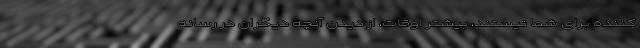
‌کننده برای شما نیستند، بیشتر اوقات، از دیدن آنچه دیگران در رسانه‌